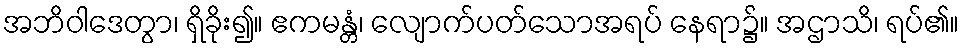
အဘိဝါဒေတွာ၊ ရှိခိုး၍။ ဧကမန္တံ၊ လျောက်ပတ်သောအရပ် နေရာ၌။ အဌာသိ၊ ရပ်၏။